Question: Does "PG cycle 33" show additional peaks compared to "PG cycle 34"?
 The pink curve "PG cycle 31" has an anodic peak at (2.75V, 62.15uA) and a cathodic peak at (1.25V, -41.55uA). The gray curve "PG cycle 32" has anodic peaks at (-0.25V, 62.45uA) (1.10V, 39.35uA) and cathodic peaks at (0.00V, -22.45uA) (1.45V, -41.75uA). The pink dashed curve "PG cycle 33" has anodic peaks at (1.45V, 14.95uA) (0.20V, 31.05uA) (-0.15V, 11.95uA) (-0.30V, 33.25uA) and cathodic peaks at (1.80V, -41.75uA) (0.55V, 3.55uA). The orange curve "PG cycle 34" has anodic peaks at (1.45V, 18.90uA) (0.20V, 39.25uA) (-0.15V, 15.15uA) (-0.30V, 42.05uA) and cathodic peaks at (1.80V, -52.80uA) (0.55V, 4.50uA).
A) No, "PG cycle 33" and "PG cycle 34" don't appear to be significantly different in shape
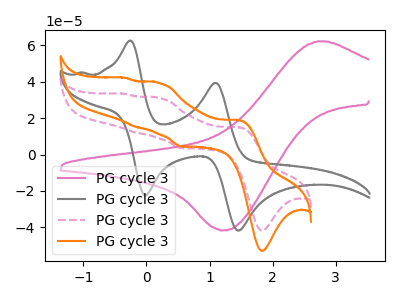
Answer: <think>All the peaks in "PG cycle 33" have a peak in "PG cycle 34" at the same potential.
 </think>
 <answer>A) No, "PG cycle 33" and "PG cycle 34" don't appear to be significantly different in shape</answer>
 <eval>A</eval>